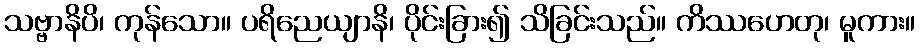
သဗ္ဗာနိပိ၊ ကုန်သော။ ပရိညေယျာနိ၊ ပိုင်းခြား၍ သိခြင်းသည်။ ကိဿဟေတု၊ မူကား။